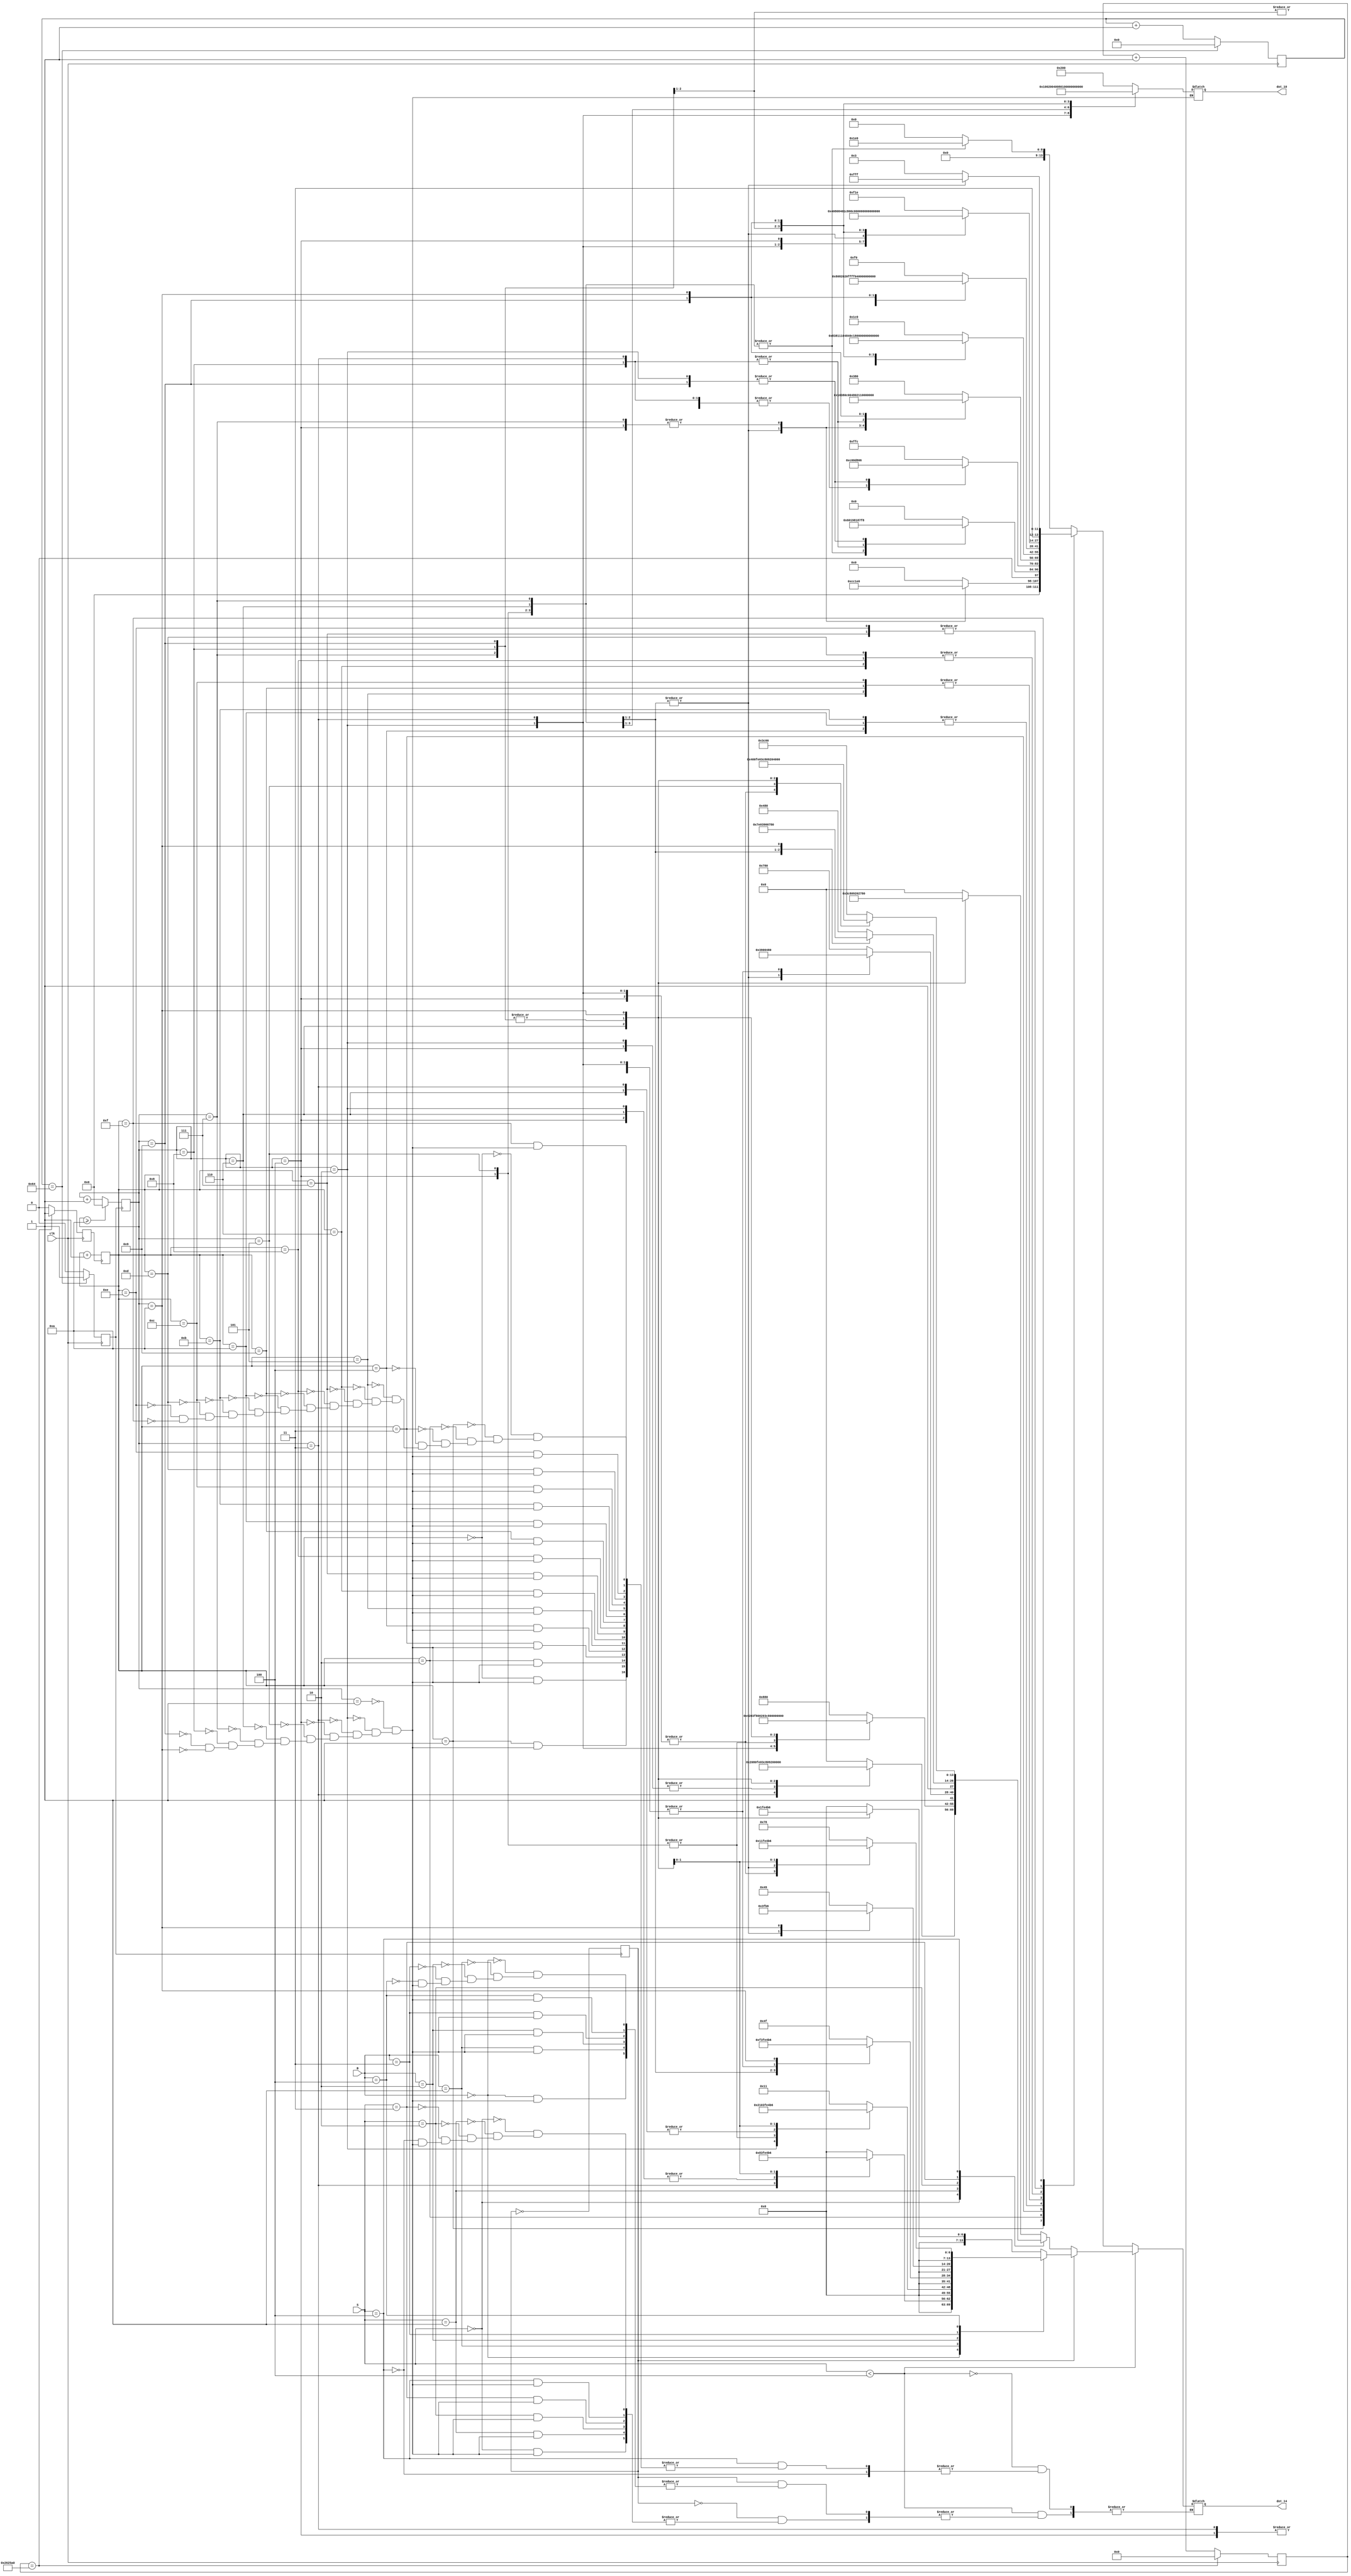
module DOT(S,B,clk, dot_14, dot_10);

input clk;
input [2:0] S;
input [2:0] B;
output [13:0] dot_14;
output [9:0] dot_10;
reg [13:0] dot_14;
reg [9:0] dot_10;
reg [3:0] count_10;
reg CLK0;
reg [7:0] CLK_COUNT0;
reg state;
reg [3:0] h_state;
reg [31:0] dot_count;
reg dot_clk;
reg [4:0] dot_state;

initial
begin 
 	dot_10 <= 10'b1000000000;
	dot_14 <= 14'b00000000000000;
end

parameter SS = 0;
parameter BB = 1;
	
always @(negedge clk) // CLK/0
	if (CLK_COUNT0==100) begin CLK_COUNT0<=0; CLK0<=1; end
	else begin CLK_COUNT0 <= CLK_COUNT0+1; CLK0<=0; end
	
	
	always@(posedge CLK0)
		if(count_10 >= 10) count_10 <= 0;
		else count_10 <= count_10 + 1;
	
	always@(posedge CLK0)
		state <= !state;

	always@(posedge clk)
		if (dot_count==2500000) begin dot_count<=0; dot_clk<=1; end
		else begin dot_count <= dot_count+1; dot_clk<=0; end
		
	always@(posedge dot_clk)
		h_state <= h_state+1;


	always@(count_10) // seg  
		case(count_10)
		1:  dot_10 <= 10'b1000000000; //line1
		2:  dot_10 <= 10'b0100000000; //line2
		3:  dot_10 <= 10'b0010000000; //line3
		4:  dot_10 <= 10'b0001000000;  //line4
		5:  dot_10 <= 10'b0000100000;  //line5
		6:  dot_10 <= 10'b0000010000;  //line6
		7:  dot_10 <= 10'b0000001000;  //line7
		8:  dot_10 <= 10'b0000000100;  //line8
		9:  dot_10 <= 10'b0000000010;  //line9
		10:  dot_10 <= 10'b0000000001; //line1
		endcase
	
//1,2,,S
always@(*)
	begin
	if(S<4)
	begin
	case(state)
	SS : case(S)

		0 : case (count_10)
			1: dot_14 <= 14'b00000000000000;
			2: dot_14 <= 14'b11111110000000;
			3: dot_14 <= 14'b10000010000000;
			4: dot_14 <= 14'b11111110000000;
			5: dot_14 <= 14'b00000000000000;
			6: dot_14 <= 14'b11110010000000; //s line6
			7: dot_14 <= 14'b10010010000000; //s line7
			8: dot_14 <= 14'b10010010000000; //s line8
			9: dot_14 <= 14'b10010010000000; //s line9
			10: dot_14 <= 14'b10011110000000; //s line10
			endcase
		
		1 : case (count_10)
			1: dot_14 <= 14'b00100010000000;
			2: dot_14 <= 14'b01000010000000;
			3: dot_14 <= 14'b11111110000000;
			4: dot_14 <= 14'b00000010000000;
			5: dot_14 <= 14'b00000010000000;
			6: dot_14 <= 14'b11110010000000; //s line6
			7: dot_14 <= 14'b10010010000000; //s line7
			8: dot_14 <= 14'b10010010000000; //s line8
			9: dot_14 <= 14'b10010010000000; //s line9
			10: dot_14 <= 14'b10011110000000; //s line10
			endcase
		
		2 : case(count_10)
			1: dot_14 <= 14'b10011110000000; //line1
			2: dot_14 <= 14'b10010010000000; //line2
			3: dot_14 <= 14'b10010010000000; //line3
			4: dot_14 <= 14'b10010010000000; //line4
 			5: dot_14 <= 14'b11110010000000; //line5
			6: dot_14 <= 14'b11110010000000; //s line6
			7: dot_14 <= 14'b10010010000000; //s line7
			8: dot_14 <= 14'b10010010000000; //s line8
			9: dot_14 <= 14'b10010010000000; //s line9
			10: dot_14 <= 14'b10011110000000; //s line10
			endcase

		3 : case(count_10)
			1: dot_14 <= 14'b10010010000000; //line1
			2: dot_14 <= 14'b10010010000000; //line2
			3: dot_14 <= 14'b10010010000000; //line3	
			4: dot_14 <= 14'b10010010000000; //line4		
			5: dot_14 <= 14'b11111110000000; //line5		
			6: dot_14 <= 14'b11110010000000; //s line6
			7: dot_14 <= 14'b10010010000000; //s line7
			8: dot_14 <= 14'b10010010000000; //s line8
			9: dot_14 <= 14'b10010010000000; //s line9
			10: dot_14 <= 14'b10011110000000; //s line10
			endcase

		4 : case(count_10)
			1: dot_14 <= 14'b11110000000000; //4 line1
			2: dot_14 <= 14'b00010000000000; //4 line2
			3: dot_14 <= 14'b00010000000000; //4 line3
			4: dot_14 <= 14'b00010000000000; //4 line4
			5: dot_14 <= 14'b11111110000000; //4 line5
			6: dot_14 <= 14'b11110010000000; //s line6
			7: dot_14 <= 14'b10010010000000; //s line7 
			8: dot_14 <= 14'b10010010000000; //s line8
			9: dot_14 <= 14'b10010010000000; //s line9
			10: dot_14 <= 14'b10011110000000; //s line10
			endcase
		
		default : case (count_10)
			1: dot_14 <= 14'b00000000000000;
			2: dot_14 <= 14'b00000000000000;
			3: dot_14 <= 14'b00000000000000;
			4: dot_14 <= 14'b00000000000000;
			5: dot_14 <= 14'b00000000000000;
			6: dot_14 <= 14'b11110010000000; //s line6
			7: dot_14 <= 14'b10010010000000; //s line7
			8: dot_14 <= 14'b10010010000000; //s line8
			9: dot_14 <= 14'b10010010000000; //s line9
			10: dot_14 <= 14'b10011110000000; //s line10
			endcase
		endcase
	
	BB : case(B)
	
		0 : case (count_10)
			1: dot_14 <= 14'b00000000000000;
			2: dot_14 <= 14'b00000001111111;
			3: dot_14 <= 14'b00000001000001;
			4: dot_14 <= 14'b00000001111111;
			5: dot_14 <= 14'b00000000000000;
			6: dot_14 <= 14'b00000001111111; //B line6
			7: dot_14 <= 14'b00000001001001; //B line7
			8: dot_14 <= 14'b00000001001001; //B line8
			9: dot_14 <= 14'b00000001001001; //B line9
			10: dot_14 <= 14'b00000000110110; //B line10
			endcase
			
		1 : case(count_10)
			1: dot_14 <= 14'b00000000010001; //line1
			2: dot_14 <= 14'b00000000100001; //line2
			3: dot_14 <= 14'b00000001111111; //line3
			4: dot_14 <= 14'b00000000000001; //line4
			5: dot_14 <= 14'b00000000000001; //line5
			6: dot_14 <= 14'b00000001111111; //B line6
			7: dot_14 <= 14'b00000001001001; //B line7
			8: dot_14 <= 14'b00000001001001; //B line8
			9: dot_14 <= 14'b00000001001001; //B line9
			10: dot_14 <= 14'b00000000110110; //B line10
			endcase
	
		2 : case(count_10)
			1: dot_14 <= 14'b00000001001111; //line1
			2: dot_14 <= 14'b00000001001001; //line2
			3: dot_14 <= 14'b00000001001001; //line3
			4: dot_14 <= 14'b00000001001001; //line4
			5: dot_14 <= 14'b00000001111001; //line5
			6: dot_14 <= 14'b00000001111111; //B line6
			7: dot_14 <= 14'b00000001001001; //B line7
			8: dot_14 <= 14'b00000001001001; //B line8
			9: dot_14 <= 14'b00000001001001; //B line9
			10: dot_14 <= 14'b00000000110110; //B line10
			endcase

	
		3 : case(count_10)
			1: dot_14 <= 14'b00000001001001; //line1
			2: dot_14 <= 14'b00000001001001; //line2
			3: dot_14 <= 14'b00000001001001; //line3
			4: dot_14 <= 14'b00000001001001; //line4
			5: dot_14 <= 14'b00000001111111; //line5
			6: dot_14 <= 14'b00000001111111; //B line6
			7: dot_14 <= 14'b00000001001001; //B line7
			8: dot_14 <= 14'b00000001001001; //B line8
			9: dot_14 <= 14'b00000001001001; //B line9
			10: dot_14 <= 14'b00000000110110; //B line10
			endcase

		4 : case(count_10)		
			1: dot_14 <= 14'b00000001111000; //line1
			2: dot_14 <= 14'b00000000001000; //line2
			3: dot_14 <= 14'b00000000001000; //line3
			4: dot_14 <= 14'b00000000001000; //line4
			5: dot_14 <= 14'b00000001111111; //line5
			6: dot_14 <= 14'b00000001111111; //B line6
			7: dot_14 <= 14'b00000001001001; //B line7
			8: dot_14 <= 14'b00000001001001; //B line8
			9: dot_14 <= 14'b00000001001001; //B line9
			10: dot_14 <= 14'b00000000110110; //B line10
			endcase

		default : case (count_10)
			1: dot_14 <= 14'b00000000000000;
			2: dot_14 <= 14'b00000000000000;
			3: dot_14 <= 14'b00000000000000;
			4: dot_14 <= 14'b00000000000000;
			5: dot_14 <= 14'b00000000000000;
			6: dot_14 <= 14'b00000001111111; //B line6
			7: dot_14 <= 14'b00000001001001; //B line7
			8: dot_14 <= 14'b00000001001001; //B line8
			9: dot_14 <= 14'b00000001001001; //B line9
			10: dot_14 <= 14'b00000000110110; //B line10
			endcase
			
		endcase
	endcase
	end
	
	else if(S==4)
	begin	
	case(h_state)
	0: case(count_10)
		1: dot_14 <= 14'b00000000000000;
		2: dot_14 <= 14'b00000000000000;
		3: dot_14 <= 14'b00000000000000;
		4: dot_14 <= 14'b00000111100000;
		5: dot_14 <= 14'b00000111100000;
		6: dot_14 <= 14'b00000111100000;
		7: dot_14 <= 14'b00000111100000;
		8: dot_14 <= 14'b00000000000000;
		9: dot_14 <= 14'b00000000000000;
		10: dot_14 <= 14'b00000000000000;
		endcase

	1: case(count_10)
		1: dot_14 <= 14'b00000000000000;
		2: dot_14 <= 14'b00000000000000;
		3: dot_14 <= 14'b00000000000000;
		4: dot_14 <= 14'b00000111100000;
		5: dot_14 <= 14'b00001100110000;
		6: dot_14 <= 14'b00001100110000;
		7: dot_14 <= 14'b00000111100000;
		8: dot_14 <= 14'b00000000000000;
		9: dot_14 <= 14'b00000000000000;
		10: dot_14 <= 14'b00000000000000;
		endcase

	2: case(count_10)
		1: dot_14 <= 14'b00000000000000;
		2: dot_14 <= 14'b00011111111000;
		3: dot_14 <= 14'b00110000001100;
		4: dot_14 <= 14'b01100000000110;
		5: dot_14 <= 14'b01100000000110;
		6: dot_14 <= 14'b01100000000110;
		7: dot_14 <= 14'b01100000000110;
		8: dot_14 <= 14'b00110000001100;
		9: dot_14 <= 14'b00011111111000;
		10: dot_14 <= 14'b00000000000000;
		endcase

	3: case(count_10)
		1: dot_14 <= 14'b00111111111100;
		2: dot_14 <= 14'b01100000000110;
		3: dot_14 <= 14'b11000000000011;
		4: dot_14 <= 14'b11000000000011;
		5: dot_14 <= 14'b11000000000011;
		6: dot_14 <= 14'b11000000000011;
		7: dot_14 <= 14'b11000000000011;
		8: dot_14 <= 14'b11000000000011;
		9: dot_14 <= 14'b01100000000110;
		10: dot_14 <= 14'b00111111111100;
		endcase

	4: case(count_10)
		1: dot_14 <= 14'b00001110000000;
		2: dot_14 <= 14'b00010000001110;
		3: dot_14 <= 14'b00001000010000;
		4: dot_14 <= 14'b00000100100000;
		5: dot_14 <= 14'b00000011000000;
		6: dot_14 <= 14'b00000011000000;
		7: dot_14 <= 14'b00000100100000;
		8: dot_14 <= 14'b00001000010000;
		9: dot_14 <= 14'b11110000001000;
		10: dot_14 <= 14'b00000001110000;
		endcase

	5: case(count_10)
		1: dot_14 <= 14'b00000111000000;
		2: dot_14 <= 14'b00001000001110;
		3: dot_14 <= 14'b00000100010001;
		4: dot_14 <= 14'b00000100100001;
		5: dot_14 <= 14'b00000011000001;
		6: dot_14 <= 14'b00000111000000;
		7: dot_14 <= 14'b10001001000000;
		8: dot_14 <= 14'b10010000100000;
		9: dot_14 <= 14'b11100000010000;
		10: dot_14 <= 14'b00000111100000;
		endcase


	6: case(count_10)
		1: dot_14 <= 14'b00000011110000;
		2: dot_14 <= 14'b00000010000000;
		3: dot_14 <= 14'b10000010000000;
		4: dot_14 <= 14'b10000010000000;
		5: dot_14 <= 14'b10000011111111;
		6: dot_14 <= 14'b11111111000001;
		7: dot_14 <= 14'b00000001000001;
		8: dot_14 <= 14'b00000001000001;
		9: dot_14 <= 14'b00000001000000;
		10: dot_14 <= 14'b00001111000000;
		endcase


	7: case(count_10)
		1: dot_14 <= 14'b00111100011110;
		2: dot_14 <= 14'b01000000100000;
		3: dot_14 <= 14'b00100001000000;
		4: dot_14 <= 14'b00011100100000;
		5: dot_14 <= 14'b00000011000000;
		6: dot_14 <= 14'b00000011000000;
		7: dot_14 <= 14'b10001100110000;
		8: dot_14 <= 14'b10010000001000;
		9: dot_14 <= 14'b10100000000100;
		10: dot_14 <= 14'b11000000011110;
		endcase


	8: case(count_10)
		1: dot_14 <= 14'b00000011110000;
		2: dot_14 <= 14'b00000010000000;
		3: dot_14 <= 14'b10000010000000;
		4: dot_14 <= 14'b10000010000000;
		5: dot_14 <= 14'b10000011111111;
		6: dot_14 <= 14'b11111111000001;
		7: dot_14 <= 14'b00000001000001;
		8: dot_14 <= 14'b00000001000001;
		9: dot_14 <= 14'b00000001000000;
		10: dot_14 <= 14'b00001111000000;
		endcase


	9: case(count_10)
		1: dot_14 <= 14'b00000111000000;
		2: dot_14 <= 14'b00001000001110;
		3: dot_14 <= 14'b00000100010001;
		4: dot_14 <= 14'b00000100100001;
		5: dot_14 <= 14'b00000011000001;
		6: dot_14 <= 14'b00000111000000;
		7: dot_14 <= 14'b10001001000000;
		8: dot_14 <= 14'b10010000100000;
		9: dot_14 <= 14'b11100000010000;
		10: dot_14 <= 14'b00000111100000;
		endcase


	10: case(count_10)
		1: dot_14 <= 14'b00001110000000;
		2: dot_14 <= 14'b00010000001110;
		3: dot_14 <= 14'b00001000010000;
		4: dot_14 <= 14'b00000100100000;
		5: dot_14 <= 14'b00000011000000;
		6: dot_14 <= 14'b00000011000000;
		7: dot_14 <= 14'b00000100100000;
		8: dot_14 <= 14'b00001000010000;
		9: dot_14 <= 14'b11110000001000;
		10: dot_14 <= 14'b00000001110000;
		endcase

	11: case(count_10)
		1: dot_14 <= 14'b00001110000000;
		2: dot_14 <= 14'b00010000001110;
		3: dot_14 <= 14'b00001000010000;
		4: dot_14 <= 14'b00000100100000;
		5: dot_14 <= 14'b00000011000000;
		6: dot_14 <= 14'b00000011000000;
		7: dot_14 <= 14'b00000100100000;
		8: dot_14 <= 14'b00001000010000;
		9: dot_14 <= 14'b11110000001000;
		10: dot_14 <= 14'b00000001110000;
		endcase
		
	12: case(count_10)
		1: dot_14 <= 14'b00000111000000;
		2: dot_14 <= 14'b00001000001110;
		3: dot_14 <= 14'b00000100010001;
		4: dot_14 <= 14'b00000100100001;
		5: dot_14 <= 14'b00000011000001;
		6: dot_14 <= 14'b00000111000000;
		7: dot_14 <= 14'b10001001000000;
		8: dot_14 <= 14'b10010000100000;
		9: dot_14 <= 14'b11100000010000;
		10: dot_14 <= 14'b00000111100000;
		endcase

	13: case(count_10)
		1: dot_14 <= 14'b00000011110000;
		2: dot_14 <= 14'b00000010000000;
		3: dot_14 <= 14'b10000010000000;
		4: dot_14 <= 14'b10000010000000;
		5: dot_14 <= 14'b10000011111111;
		6: dot_14 <= 14'b11111111000001;
		7: dot_14 <= 14'b00000001000001;
		8: dot_14 <= 14'b00000001000001;
		9: dot_14 <= 14'b00000001000000;
		10: dot_14 <= 14'b00001111000000;
		endcase

	14: case(count_10)
		1: dot_14 <= 14'b00111100011110;
		2: dot_14 <= 14'b01000000100000;
		3: dot_14 <= 14'b00100001000000;
		4: dot_14 <= 14'b00011100100000;
		5: dot_14 <= 14'b00000011000000;
		6: dot_14 <= 14'b00000011000000;
		7: dot_14 <= 14'b10001100110000;
		8: dot_14 <= 14'b10010000001000;
		9: dot_14 <= 14'b10100000000100;
		10: dot_14 <= 14'b11000000011110;
		endcase

	15: case(count_10)
		1: dot_14 <= 14'b11000000000011;
		2: dot_14 <= 14'b11000000000011;
		3: dot_14 <= 14'b11000000000011;
		4: dot_14 <= 14'b11000000000011;
		5: dot_14 <= 14'b11111111111111;
		6: dot_14 <= 14'b11111111111111;
		7: dot_14 <= 14'b11000000000011;
		8: dot_14 <= 14'b11000000000011;
		9: dot_14 <= 14'b11000000000011;
		10: dot_14 <= 14'b11000000000011;
		endcase
	endcase
	end
	end


endmodule